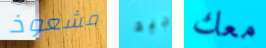
مشعوذ جيد معك